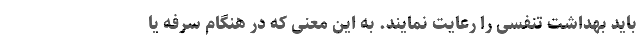
باید بهداشت تنفسی را رعایت نمایند. به این معنی که در هنگام سرفه یا